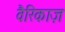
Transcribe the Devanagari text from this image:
वैरिकाज़